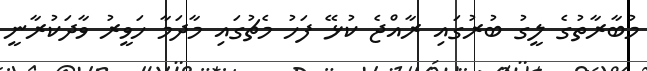
މުބާރާތުގެ ލީގު ބުރުގައި ރާއްޖެ ކުޅޭ ފަހު މެޗުގައި މާދަމާ ހަވީރު ވާދަކުރާނީ